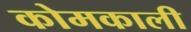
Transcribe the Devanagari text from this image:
कोमकाली